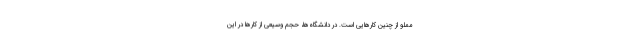
مملو از چنین کارهایی است. در دانشگاه‌ها، حجم وسیعی از کارها در این